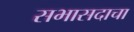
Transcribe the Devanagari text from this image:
सभासदाचा